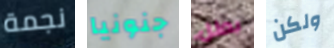
نجمة جنونيا بطل ولكن